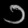
Digit: ၁